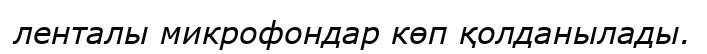
ленталы микрофондар көп қолданылады.